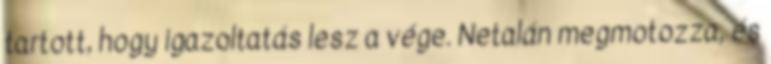
tartott, hogy igazoltatás lesz a vége. Netalán megmotozza, és